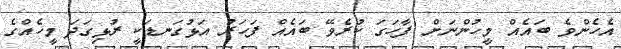
އެހެންވެ ބައެއް މީހުންނަށް ފާހަގަ ކުރެވޭ ބައެއް ފަހަރު އަޅުގަނޑަކީ ރުޅިގަދަ މީހެއްގެ